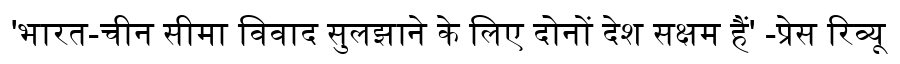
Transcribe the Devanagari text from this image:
'भारत-चीन सीमा विवाद सुलझाने के लिए दोनों देश सक्षम हैं' -प्रेस रिव्यू